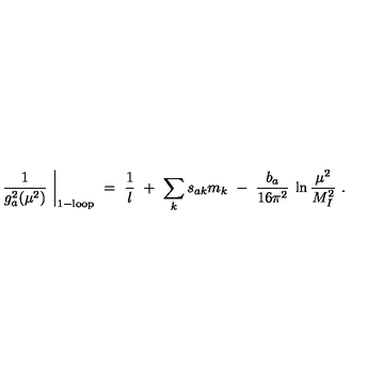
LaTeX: \left. \frac { 1 } { g _ { a } ^ { 2 } ( \mu ^ { 2 } ) } \ \right| _ { \mathrm { 1 - l o o p } } \ = \ \frac { 1 } { l } \ + \ \sum _ { k } s _ { a k } m _ { k } \ - \ \frac { b _ { a } } { 1 6 \pi ^ { 2 } } \: \ln \frac { \mu ^ { 2 } } { M _ { I } ^ { 2 } } \ .